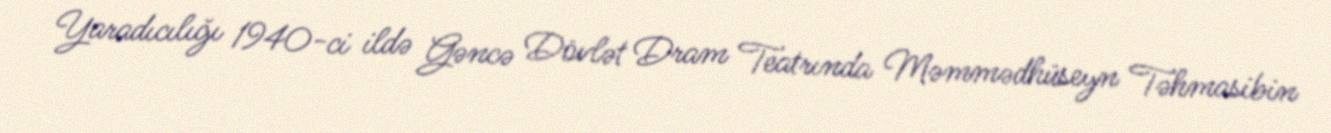
Yaradıcılığı 1940-ci ildə Gəncə Dövlət Dram Teatrında Məmmədhüseyn Təhmasibin